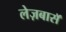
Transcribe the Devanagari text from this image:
लेज़बासॅ